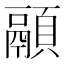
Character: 𱂚